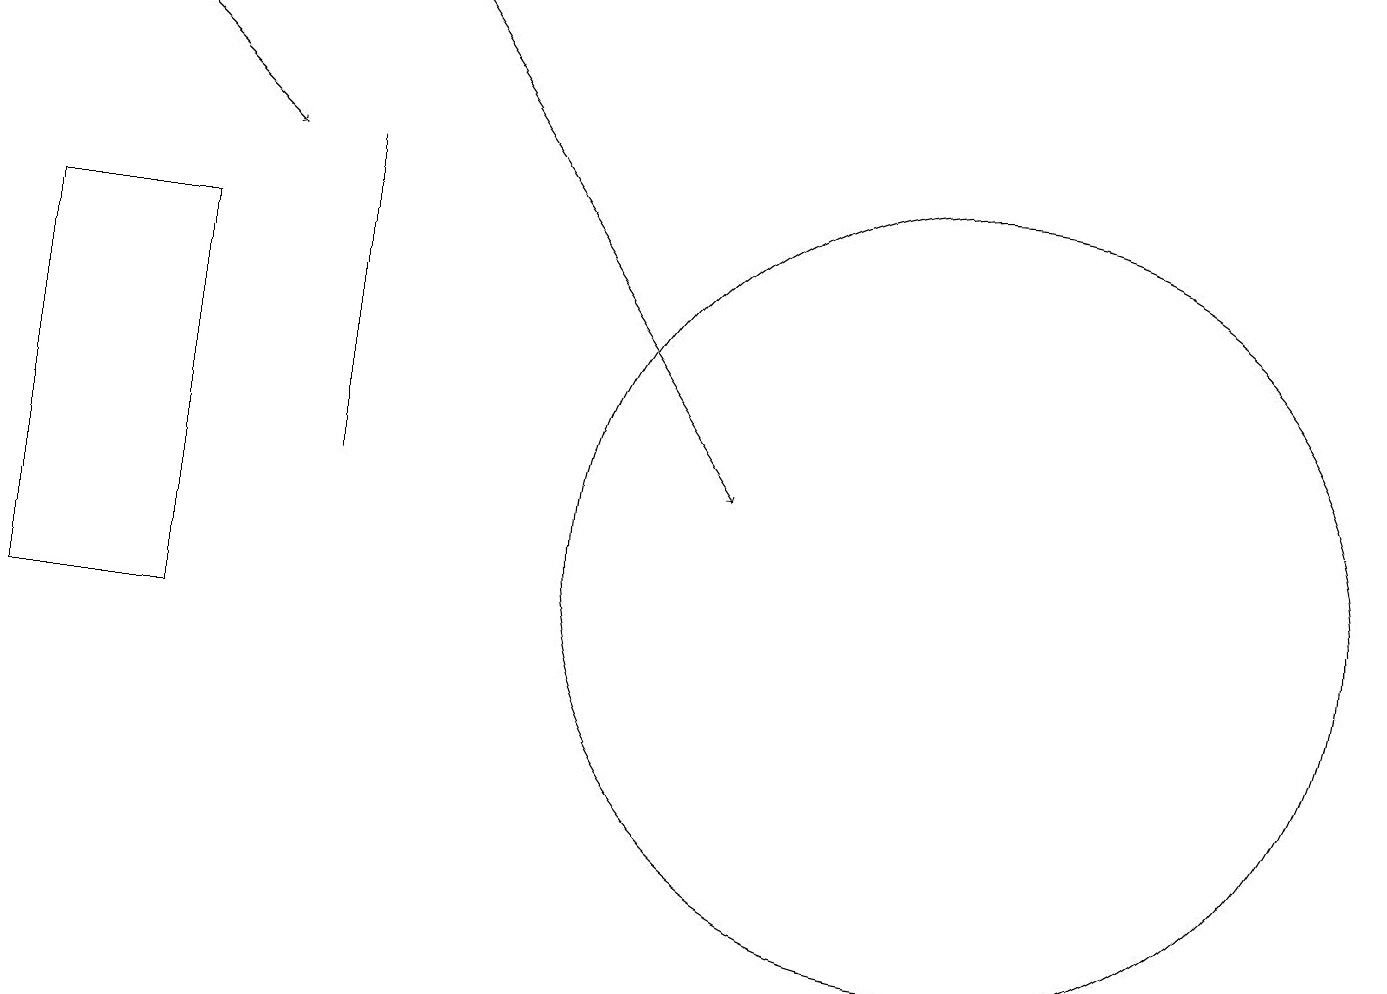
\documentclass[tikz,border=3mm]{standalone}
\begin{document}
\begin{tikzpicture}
\draw (4,13) rectangle (4,17);
\draw (2,11) rectangle (0,16);
\draw[->] (1,19) -- (3,17);
\draw (12,12) circle (5);
\draw (11,11) circle (0);
\draw[->] (5,19) -- (9,13);
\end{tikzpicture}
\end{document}